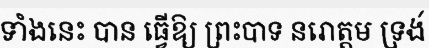
ទាំងនេះ បាន ធ្វើឱ្យ ព្រះបាទ នរោត្តម ទ្រង់